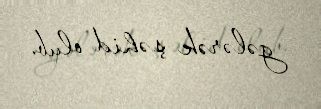
gələrək şəhid olub.